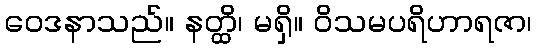
ဝေဒနာသည်။ နတ္ထိ၊ မရှိ။ ဝိသမပရိဟာရဇာ၊